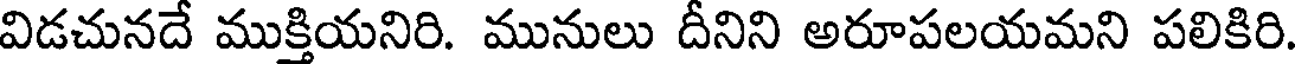
విడచునదే ముక్తియనిరి. మునులు దీనిని అరూపలయమని పలికిరి